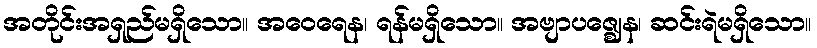
အတိုင်းအရှည်မရှိသော။ အဝေရေန၊ ရန်မရှိသော။ အဗျာပဇ္ဈေန၊ ဆင်းရဲမရှိသော။